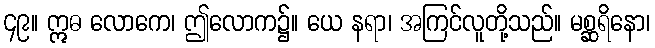
၄၉။ ဣဓ လောကေ၊ ဤလောက၌။ ယေ နရာ၊ အကြင်လူတို့သည်။ မစ္ဆရိနော၊